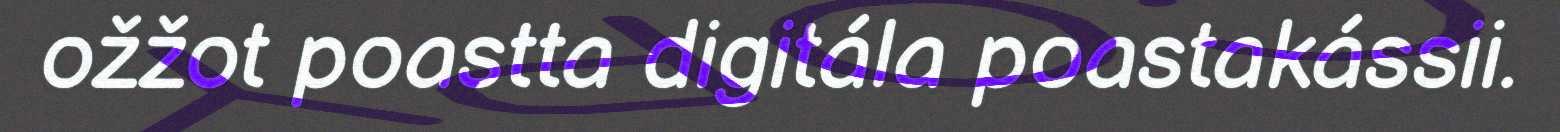
ožžot poastta digitála poastakássii.